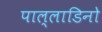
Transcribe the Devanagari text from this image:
पाल्लाडिनो